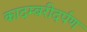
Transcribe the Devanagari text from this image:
कादम्बरीदर्पण